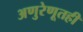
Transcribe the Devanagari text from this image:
अणुरेणूतही